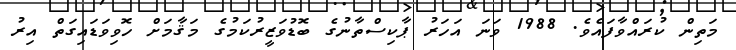
މަތިން ކުރައްވާފައެވެ. 1988 ވަނަ އަހަރު ޕާކިސްތާނުގެ ބޮޑުވަޒީރުކަމުގެ މަޤާމަށް ހޮވިވަޑައިގަތް އިރު